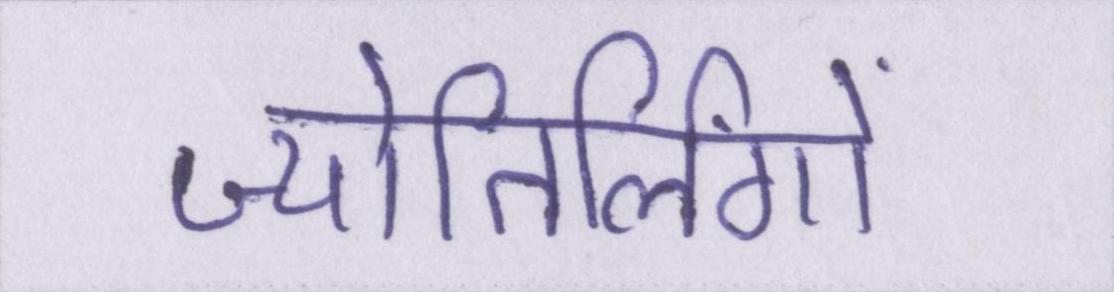
ज्योतिर्लिंगों